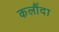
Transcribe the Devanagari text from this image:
कलौंदा